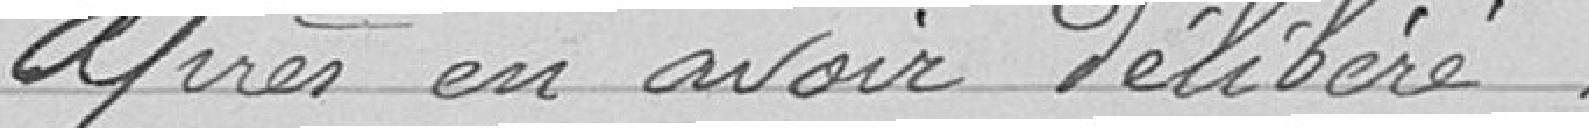
A près en avoir délibéré